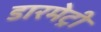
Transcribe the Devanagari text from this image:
डारमेट्री